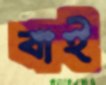
বাই